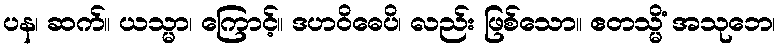
ပန၊ ဆက်။ ယသ္မာ၊ ကြောင့်။ ဒဟဝိဓေပိ၊ လည်း ဖြစ်သော။ ဧတသ္မိံ အသုဘေ၊